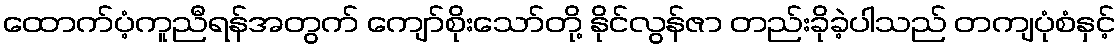
ထောက်ပံ့ကူညီရန်အတွက် ကျော်စိုးသော်တို့ နိုင်လွန်ဇာ တည်းခိုခဲ့ပါသည် တကျပုံစံနှင့်